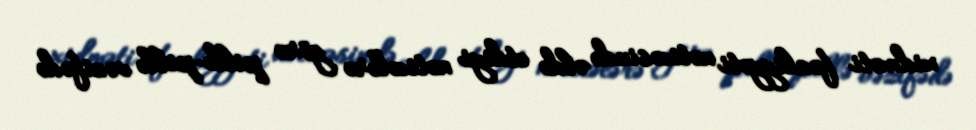
xidməti fəaliyyəti nəticəsində əldə etdiyi nəticələrə görə pillə-pillə vəzifədə